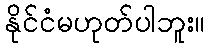
နိုင်ငံမဟုတ်ပါဘူး။